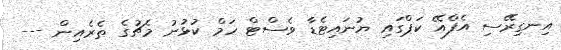
އިނގިރޭސި އެފްއޭ ކަޕްގައި ޔުނައިޓެޑާ ވެސްޓް ހަމް ކުޅުނު މެޗުގެ ތެރެއިން ---